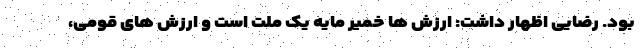
بود. رضایی اظهار داشت: ارزش ها خمیر مایه یک ملت است و ارزش های قومی،